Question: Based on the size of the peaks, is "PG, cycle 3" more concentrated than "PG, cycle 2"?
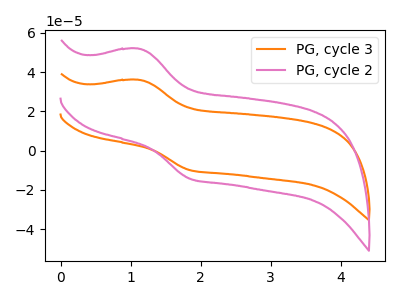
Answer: <think>The orange curve "PG, cycle 3" has an anodic peak at (1.10V, 36.05uA) and a cathodic peak at (1.85V, -10.00uA). The pink curve "PG, cycle 2" has an anodic peak at (1.10V, 51.90uA) and a cathodic peak at (1.85V, -14.45uA).
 All the peaks in "PG, cycle 2" have a peak in "PG, cycle 3" at the same potential. Every peak in "PG, cycle 2" is higher than every peak in "PG, cycle 3".</think>
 <answer>"PG, cycle 2" has more signal than "PG, cycle 3" and so likely has a higher concentration.</answer>
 <eval>more_concentration</eval>